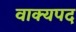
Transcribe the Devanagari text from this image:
वाक्यपद